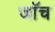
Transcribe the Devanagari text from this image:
जाॅच